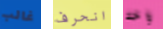
غالب انحرف واحد